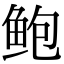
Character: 鲍